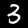
Label: 3